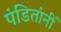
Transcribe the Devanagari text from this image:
पंडितांनीं